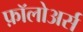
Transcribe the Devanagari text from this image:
फ़ॉलोअर्स